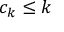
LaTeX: c _ { k } \leq k